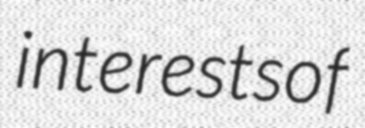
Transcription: interests of